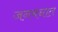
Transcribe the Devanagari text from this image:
जनमनात